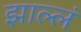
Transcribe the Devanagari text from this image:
झाल्लं